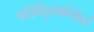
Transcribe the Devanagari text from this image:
षड्बिंदुलान्छितं